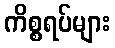
ကိစ္စရပ်များ